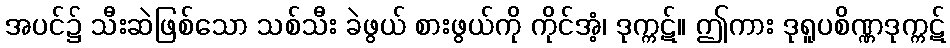
အပင်၌ သီးဆဲဖြစ်သော သစ်သီး ခဲဖွယ် စားဖွယ်ကို ကိုင်အံ့၊ ဒုက္ကဋ်။ ဤကား ဒုရူပစိဏ္ဏဒုက္ကဋ်